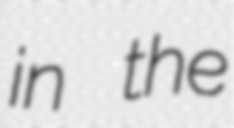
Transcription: in the